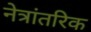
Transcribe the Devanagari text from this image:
नेत्रांतरिक